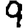
Digit: 9